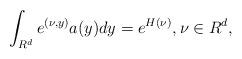
LaTeX: \begin{align*}\int_{R^d}e^{(\nu,y)}a(y)dy=e^{H(\nu)}, \nu\in R^d,\end{align*}